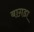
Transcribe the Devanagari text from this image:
बाग़डा